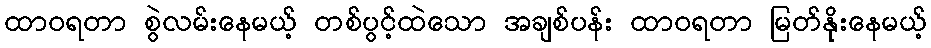
ထာဝရတာ စွဲလမ်းနေမယ့် တစ်ပွင့်ထဲသော အချစ်ပန်း ထာဝရတာ မြတ်နိုးနေမယ့်